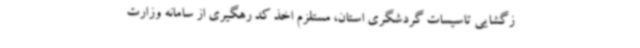
زگشایی تاسیسات گردشگری استان، مستلزم اخذ کد رهگیری از سامانه وزارت